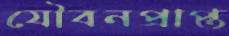
যৌবনপ্রাপ্ত